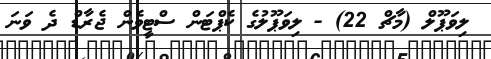
ލިވަޕޫލް (މާޗް 22) - ލިވަޕޫލުގެ ކެޕްޓަން ސްޓީވެން ޖެރާޑް ދެ ވަނަ